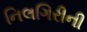
નિલગિરીની